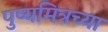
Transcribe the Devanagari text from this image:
पुष्यमित्रच्या